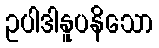
ဥပါဒါနူပနိသော